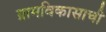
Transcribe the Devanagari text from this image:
ग्रामविकासाची